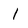
Character: l